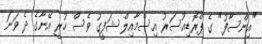
"އިންސާފު" ގެ ޕްރޮޑިއުސަރު އިސްމާއިލް ޝަފީގު ވެސް ހުރީ އޭނާގެ ދެ ވަނަ